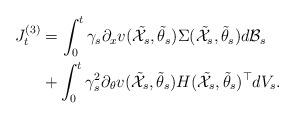
LaTeX: \begin{align*}J_t^{(3)}&=\int_{0}^{t}\gamma_s \partial_{x}v(\mathcal{\tilde X}_{s},\tilde\theta_{s})\Sigma(\mathcal{\tilde X}_{s},\tilde\theta_{s})d\mathcal{B}_s \\&+\int_{0}^{t}\gamma_s^2 \partial_{\theta}v(\mathcal{\tilde X}_{s},\tilde\theta_{s})H(\mathcal{\tilde X}_{s},\tilde\theta_{s})^{\top}dV_s. \end{align*}